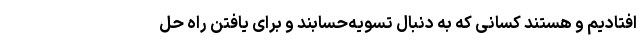
افتادیم و هستند کسانی که به دنبال تسویه‌حسابند و برای یافتن راه حل